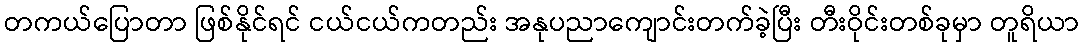
တကယ်ပြောတာ ဖြစ်နိုင်ရင် ငယ်ငယ်ကတည်း အနုပညာကျောင်းတက်ခဲ့ပြီး တီးဝိုင်းတစ်ခုမှာ တူရိယာ